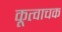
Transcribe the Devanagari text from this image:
कूत्वाचक